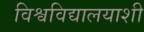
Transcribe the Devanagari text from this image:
विश्वविद्यालयाशी